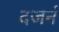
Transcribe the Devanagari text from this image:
दजर्न